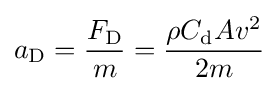
a_{\text{D}}={\frac {F_{\text{D}}}{m}}={\frac {\rho C_{\text{d}}Av^{2}}{2m}}